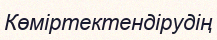
Көміртектендірудің